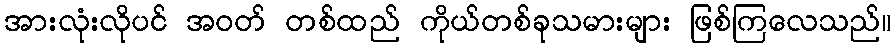
အားလုံးလိုပင် အဝတ် တစ်ထည် ကိုယ်တစ်ခုသမားများ ဖြစ်ကြလေသည်။